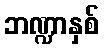
ဘဏ္ဍာနှစ်